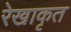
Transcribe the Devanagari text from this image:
रेखाकृत